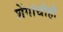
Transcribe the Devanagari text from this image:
शेंगांचीही